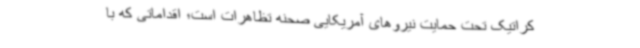
کراتیک تحت حمایت نیروهای آمریکایی صحنه تظاهرات است؛ اقداماتی که با